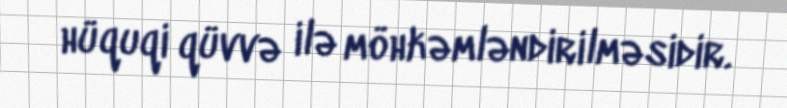
hüquqi qüvvə ilə möhkəmləndirilməsidir.